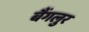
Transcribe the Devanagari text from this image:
बैंगलुर